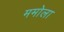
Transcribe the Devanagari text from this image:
ममोला